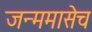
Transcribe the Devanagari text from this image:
जन्ममासेच